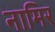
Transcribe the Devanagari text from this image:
नामिर